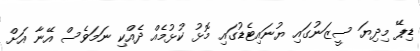
ޑިޕޭ މިދިޔަ ސީޒަނުގައި ޔުނައިޓެޑުގައި މޮޅު ކުޅުމެއް ދެއްކި ނަމަވެސް އޭނާ އަށް